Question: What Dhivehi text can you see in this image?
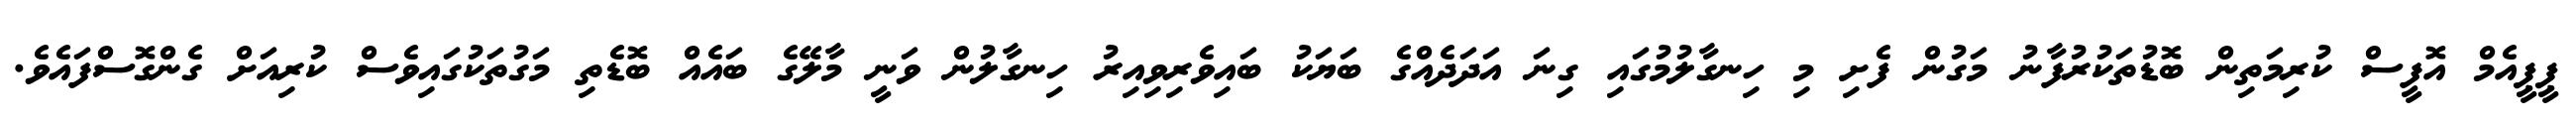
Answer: ޕީޕީއެމް އޮފީސް ކުރިމަތިން ބޮޑުތަކުރުފާނު މަގުން ފެށި މި ހިނގާލުމުގައި ގިނަ އަދަދެއްގެ ބަޔަކު ބައިވެރިވިއިރު ހިނގާލުން ވަނީ މާލޭގެ ބައެއް ބޮޑެތި މަގުތަކުގައިވެސް ކުރިއަށް ގެންގޮސްފައެވެ.